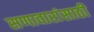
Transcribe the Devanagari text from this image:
सणावारांसाठी